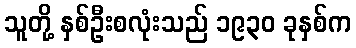
သူတို့ နှစ်ဦးစလုံးသည် ၁၉၃၀ ခုနှစ်က